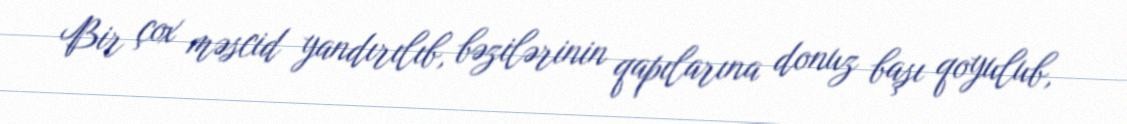
Bir çox məscid yandırılıb, bəzilərinin qapılarına donuz başı qoyulub,